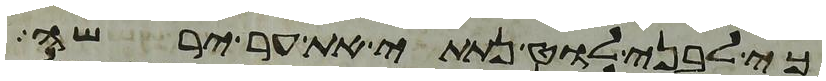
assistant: כי לבני לוט נתתי את ער ירשה